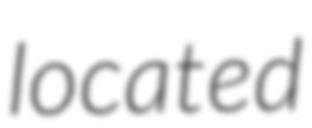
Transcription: located